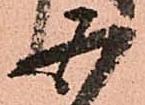
五